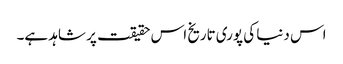
اس دنیا کی پوری تاریخ اس حقیقت پر شاہد ہے۔